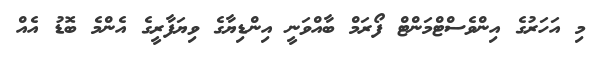
މި އަހަރުގެ އިންވެސްޓްމަންޓް ފޯރަމް ބާއްވަނީ އިންޑިޔާގެ ވިޔަފާރީގެ އެންމެ ބޮޑު އެއް